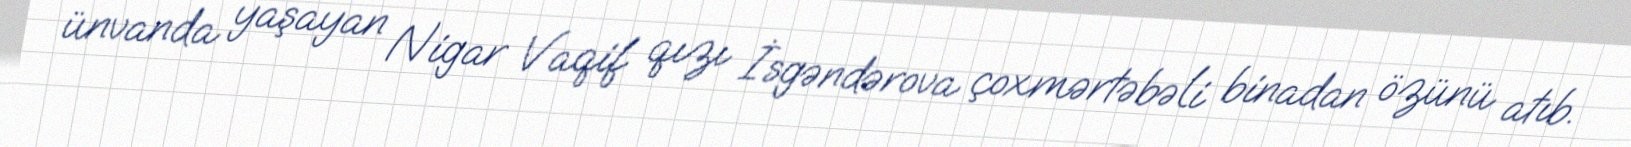
ünvanda yaşayan Nigar Vaqif qızı İsgəndərova çoxmərtəbəli binadan özünü atıb.